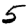
Digit: 5